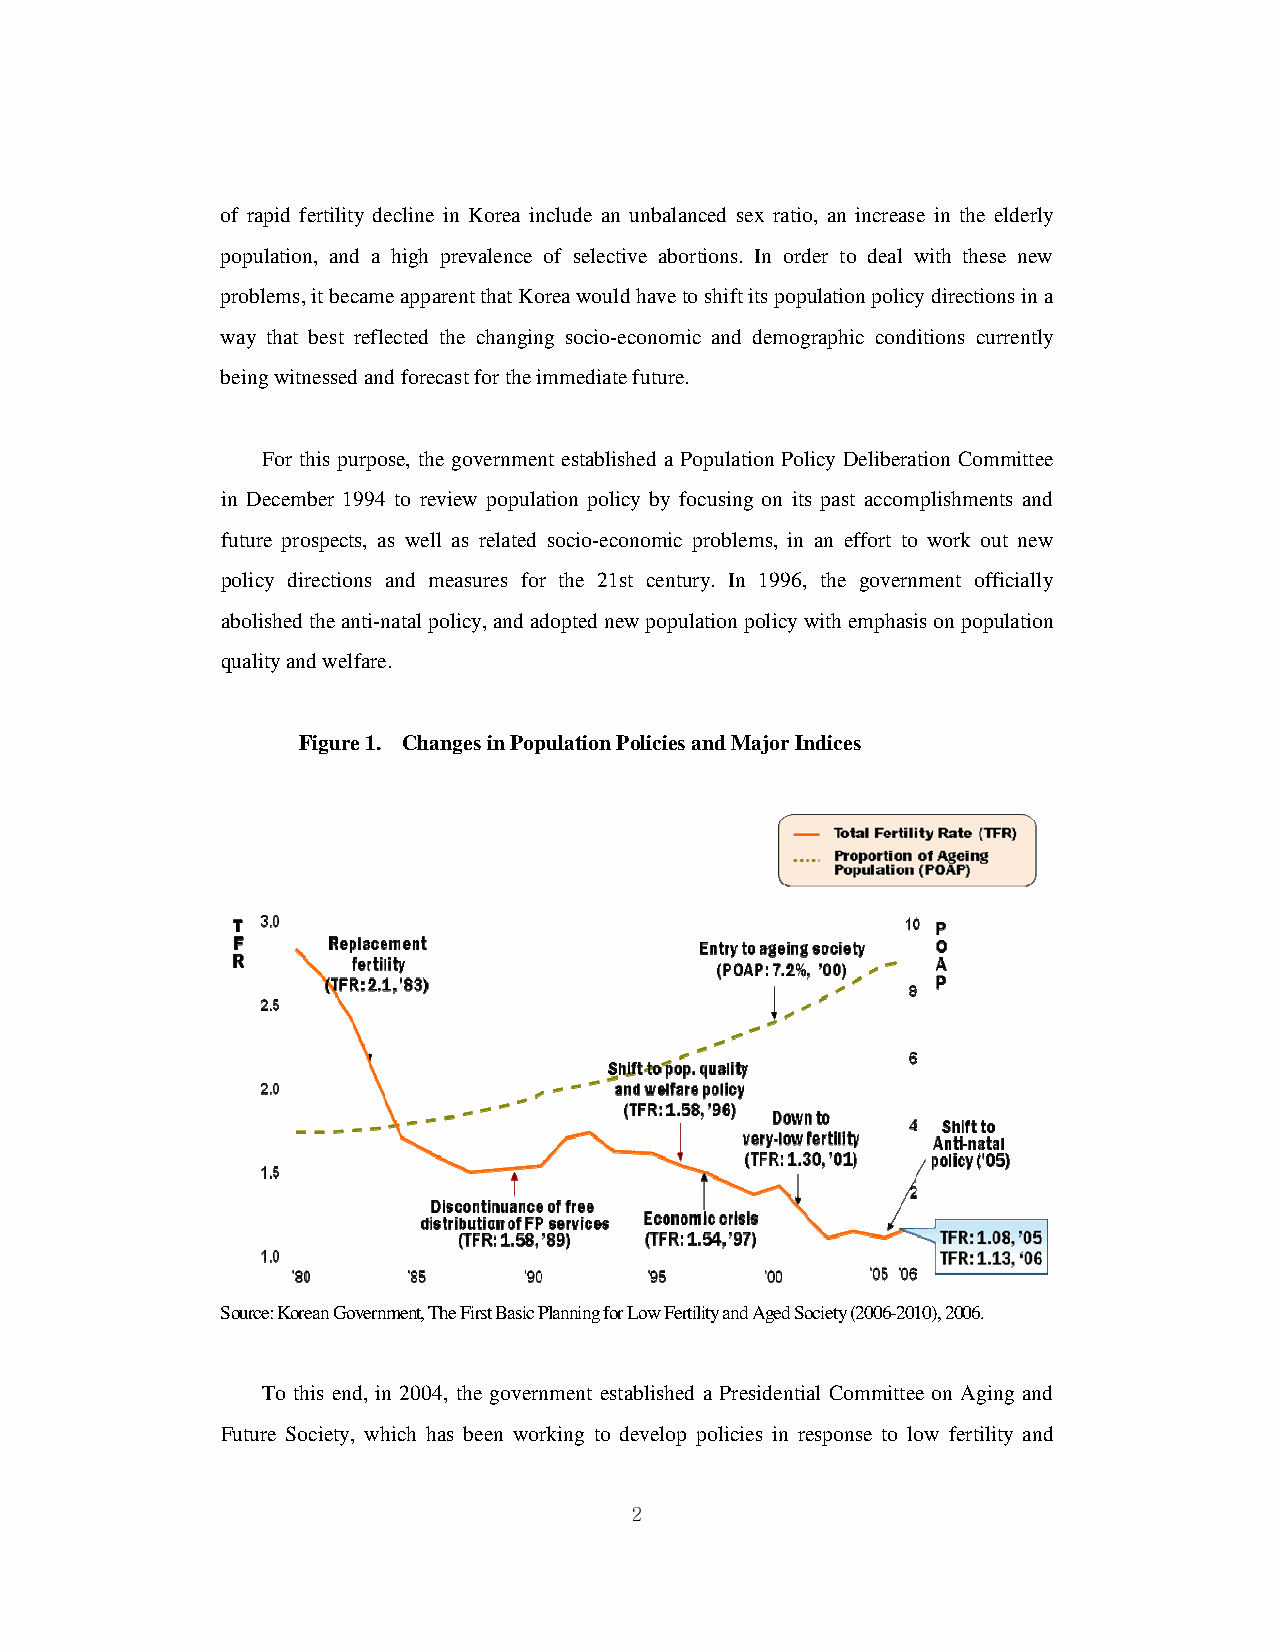
of rapid fertility decline in Korea include an unbalanced sex ratio, an increase in the elderly
 population, and a high prevalence of selective abortions. In order to deal with these new
 problems, it became apparent that Korea would have to shift its population policy directions in a
 way that best reflected the changing socio-economic and demographic conditions currently
 being witnessed and forecast for the immediate future.
 For this purpose, the government established a Population Policy Deliberation Committee
 in December 1994 to review population policy by focusing on its past accomplishments and
 future prospects, as well as related socio-economic problems, in an effort to work out new
 policy directions and measures for the 21st century. In 1996, the government officially
 abolished the anti-natal policy, and adopted new population policy with emphasis on population
 quality and welfare.
 Figure 1. Changes in Population Policies and Major Indices
 Source: Korean Government, The First Basic Planning for Low Fertility and Aged Society (2006-2010), 2006.
 To this end, in 2004, the government established a Presidential Committee on Aging and
 Future Society, which has been working to develop policies in response to low fertility and
 2